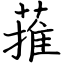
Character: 蓷